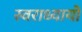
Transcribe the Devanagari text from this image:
स्वराध्यायों